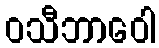
ဝသီဘာဝေါ